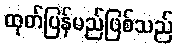
ထုတ်ပြန်မည်ဖြစ်သည်